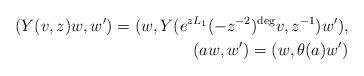
LaTeX: \begin{align*}(Y(v,z)w,w')=(w,Y(e^{zL_{1}}(-z^{-2})^{\deg}v,z^{-1})w'), \\(aw,w')=(w,\theta(a)w')\end{align*}